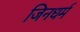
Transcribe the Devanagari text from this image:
जिनधर्म